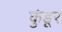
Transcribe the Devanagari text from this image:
कुंडूर